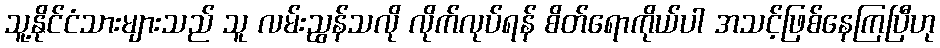
သူ့နိုင်ငံသားများသည် သူ လမ်းညွန်သလို လိုက်လုပ်ရန် စိတ်ရောကိုယ်ပါ အသင့်ဖြစ်နေကြပြီဟု